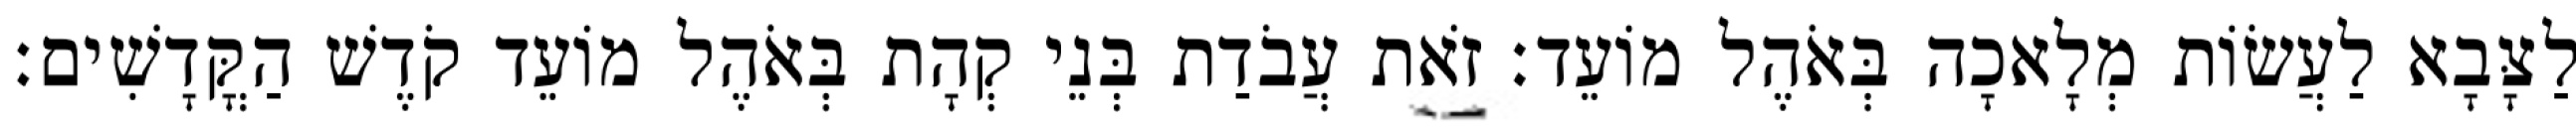
לַצָּבָא לַעֲשׂוֹת מְלָאכָה בְּאֹהֶל מוֹעֵד׃ זֹאת עֲבֹדַת בְּנֵי קְהָת בְּאֹהֶל מוֹעֵד קֹדֶשׁ הַקֳּדָשִׁים׃